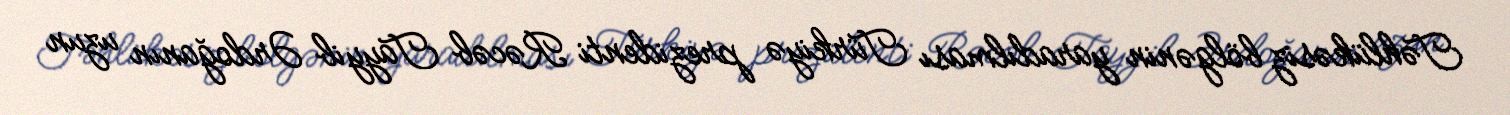
Təhlükəsiz bölgənin yaradılması Türkiyə prezidenti Rəcəb Tayyib Ərdoğanın uzun